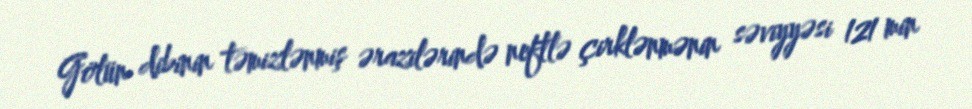
Gölün dibinin təmizlənmiş ərazilərində neftlə çirklənmənin səviyyəsi 121 min